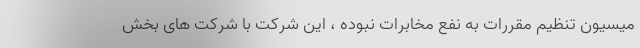
میسیون تنظیم مقررات به نفع مخابرات نبوده ، این شرکت با شرکت های بخش